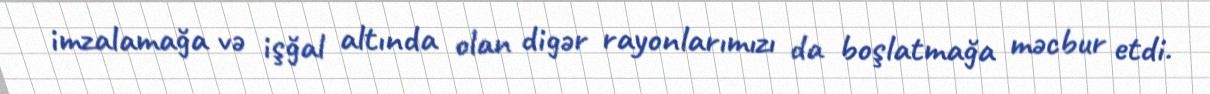
imzalamağa və işğal altında olan digər rayonlarımızı da boşlatmağa məcbur etdi.